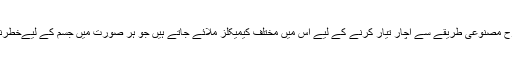
اسی طرح مصنوعی طریقے سے اچار تیار کرنے کے لیے اس میں مختلف کیمیکلز ملائے جاتے ہیں جو ہر صورت میں جسم کے لیےخطرناک ہیں۔